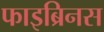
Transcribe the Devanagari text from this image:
फाइब्रिनस